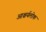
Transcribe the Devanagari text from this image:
आश्चर्यलोक